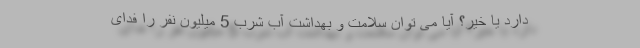
دارد یا خیر؟ آیا می توان سلامت و بهداشت آب شرب 5 میلیون نفر را فدای